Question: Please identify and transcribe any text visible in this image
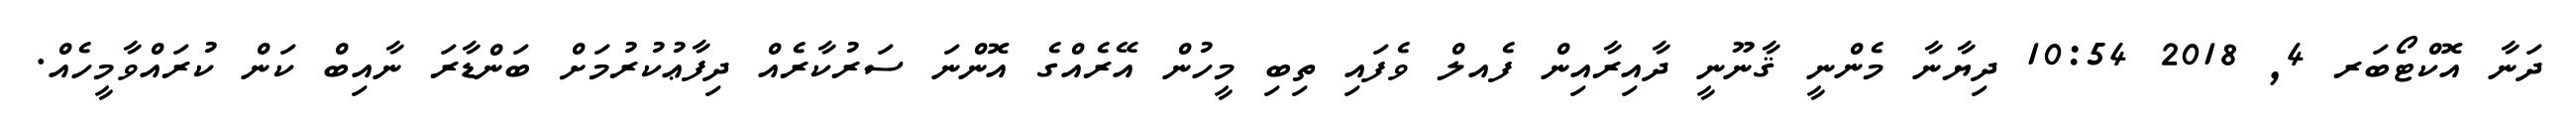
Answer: ދަނާ އޮކްޓޯބަރ 4, 2018 10:54 ދިޔާނާ މެންނީ ޤާނޫނީ ދާއިރާއިން ފެއލް ވެފައި ތިބި މީހުން އޭރެއްގެ އޮންނަ ސަރުކާރެއް ދިފާޢުކުރުމަށް ބަންޑާރަ ނާއިބް ކަން ކުރައްވާމީހެއް.